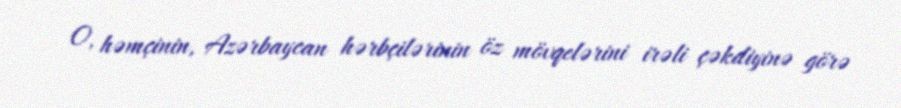
O, həmçinin, Azərbaycan hərbçilərinin öz mövqelərini irəli çəkdiyinə görə